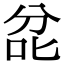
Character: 兺